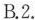
B.2.